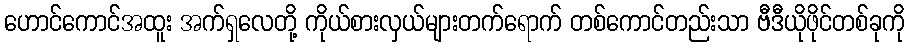
ဟောင်ကောင်အထူး အက်ရှလေတို့ ကိုယ်စားလှယ်များတက်ရောက် တစ်ကောင်တည်းသာ ဗီဒီယိုဖိုင်တစ်ခုကို